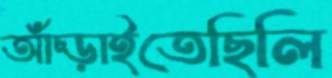
আঁচ্‌ড়াইতেছিলি